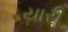
યારી